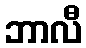
ဘာလီ